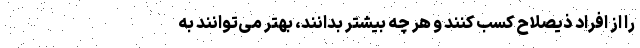
را از افراد ذیصلاح کسب کنند و هر چه بیشتر بدانند، بهتر می‌توانند به